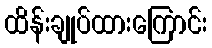
ထိန်းချုပ်ထားကြောင်း